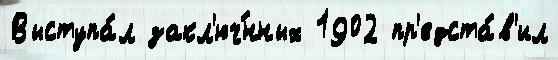
Выступа́л закл'юч́нных 1902 пр'едста́в'ил